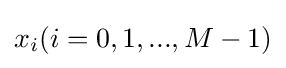
x_{i}(i=0,1,...,M-1)